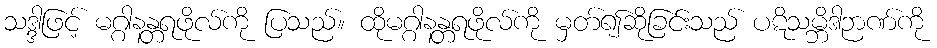
သဒ္ဒါဖြင့် မဂ္ဂါနန္တရဖိုလ်ကို ပြသည်။ ထိုမဂ္ဂါနန္တရဖိုလ်ကို မှတ်၍ဆိုခြင်းသည် ပဋိသမ္ဘိဒါဉာဏ်ကို